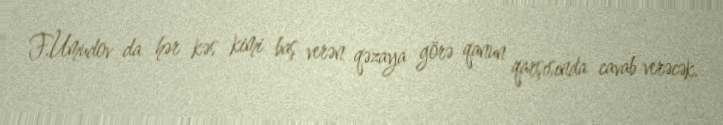
F.Umudov da hər kəs kimi baş verən qəzaya görə qanun qarşısında cavab verəcək.